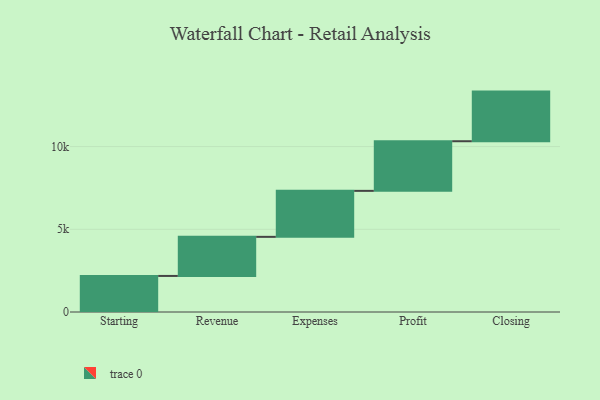
{"axis": {"x": "Step", "y": "Value"}, "legend": [""], "data": [{"x": "Starting", "y": 2180.0, "type": ""}, {"x": "Revenue", "y": 2363.0, "type": ""}, {"x": "Expenses", "y": 2780.0, "type": ""}, {"x": "Profit", "y": 3000, "type": ""}, {"x": "Closing", "y": 3000, "type": ""}]}